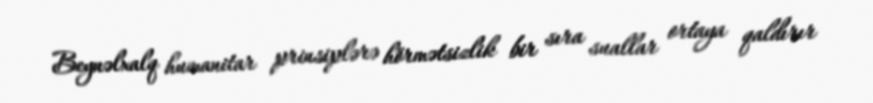
Beynəlxalq humanitar prinsiplərə hörmətsizlik bir sıra suallar ortaya qaldırır